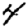
Digit: 4